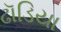
ઢૉડિયા